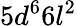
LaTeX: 5d^{6}6l^{2}